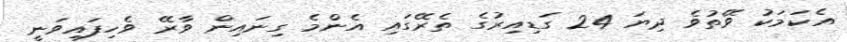
އެކަމަކު ވޭތުވެ ދިޔަ 24 ގަޑިއިރުގެ ތެރޭގައި އެންމެ ގިނައިން ވާރޭ ވެހިފައިވަނީ